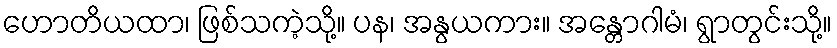
ဟောတိယထာ၊ ဖြစ်သကဲ့သို့။ ပန၊ အနွယကား။ အန္တောဂါမံ၊ ရွာတွင်းသို့။